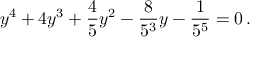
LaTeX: y ^ { 4 } + 4 y ^ { 3 } + { \frac { 4 } { 5 } } y ^ { 2 } - { \frac { 8 } { 5 ^ { 3 } } } y - { \frac { 1 } { 5 ^ { 5 } } } = 0 \, .